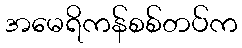
အမေရိကန်စစ်တပ်က